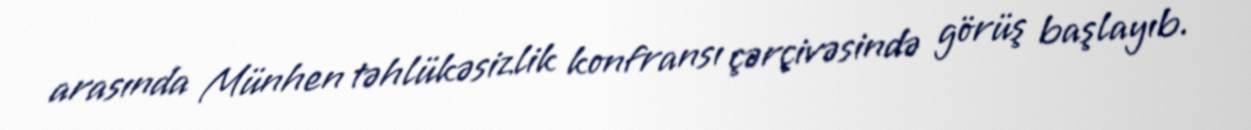
arasında Münhen təhlükəsizlik konfransı çərçivəsində görüş başlayıb.